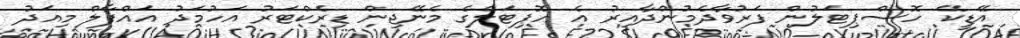
އޭޑީކޭ ހޮސްޕިޓަލުން ފަރުވާދެމުންދާއިރު އެ ހޮޕިޓަލްގެ މެނޭޖިން ޑިރެކްޓަރު އަހުމަދު އައްފާލް މިއަދު